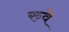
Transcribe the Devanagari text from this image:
रुवे